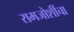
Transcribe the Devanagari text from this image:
रामजोशींचा